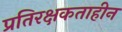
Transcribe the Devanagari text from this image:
प्रतिरक्षकताहीन